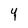
Character: 4